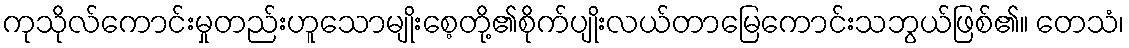
ကုသိုလ်ကောင်းမှုတည်းဟူသောမျိုးစေ့တို့၏စိုက်ပျိုးလယ်တာမြေကောင်းသဘွယ်ဖြစ်၏။ တေသံ၊